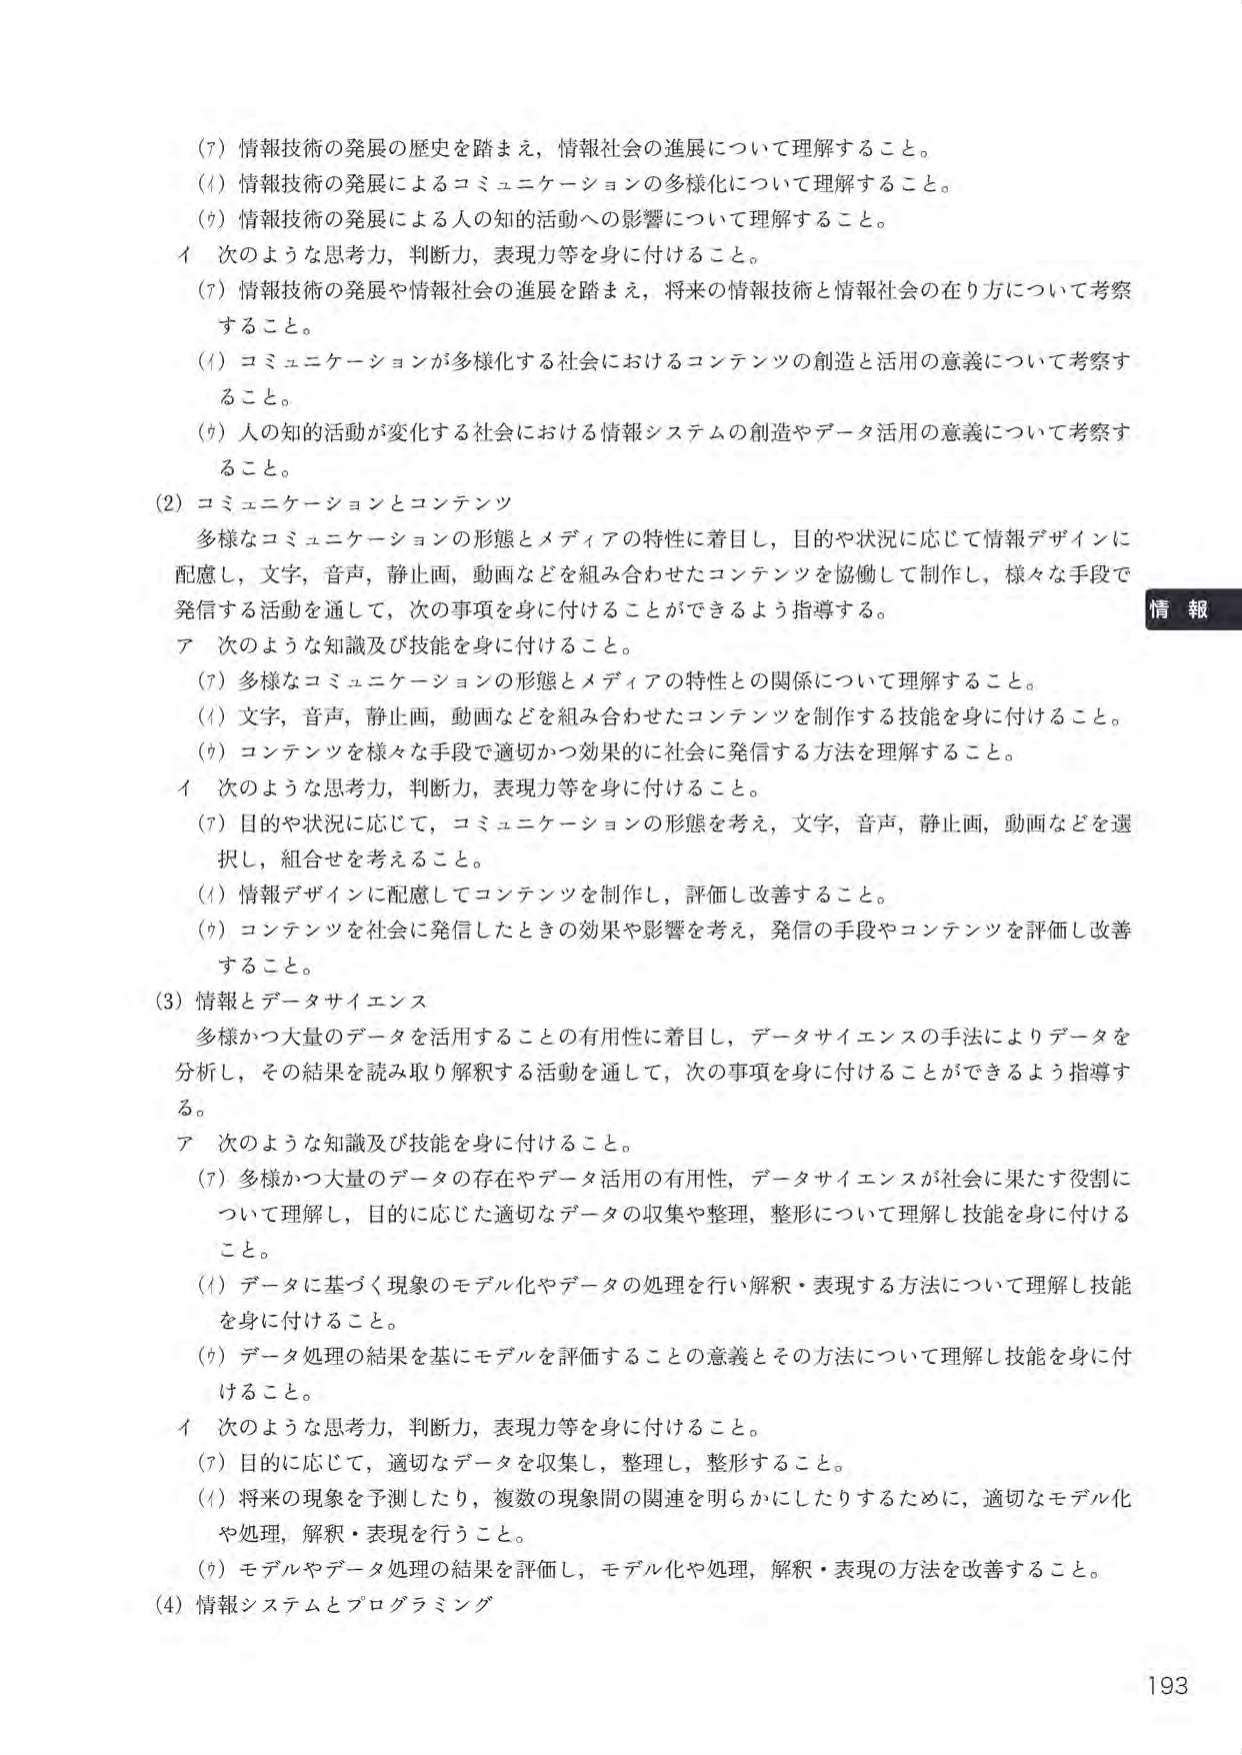
(7) 情報技術の発展の歴史を踏まえ，情報社会の進展について理解すること。
(4) 情報技術の発展によるコミュニケーションの多様化について理解すること。
(7) 情報技術の発展による人の知的活動への影響について理解すること。
イ 次のような思考力，判断力，表現力等を身に付けること。
(7) 情報技術の発展や情報社会の進展を踏まえ，将来の情報技術と情報社会の在り方について考察すること。
(4) コミュニケーションが多様化する社会におけるコンテンツの創造と活用の意義について考察すること。
(7) 人の知的活動が変化する社会における情報システムの創造やデータ活用の意義について考察すること。
(2) コミュニケーションとコンテンツ
多様なコミュニケーションの形態とメディアの特性に着目し，目的や状況に応じて情報デザインに配慮し，文字，音声，静止画，動画などを組み合わせたコンテンツを協働して制作し，様々な手段で発信する活動を通して，次の事項を身に付けることができるよう指導する。
ア 次のような知識及び技能を身に付けること。
(7) 多様なコミュニケーションの形態とメディアの特性との関係について理解すること。
(4) 文字，音声，静止画，動画などを組み合わせたコンテンツを制作する技能を身に付けること。
(7) コンテンツを様々な手段で適切かつ効果的に社会に発信する方法を理解すること。
イ 次のような思考力，判断力，表現力等を身に付けること。
(7) 目的や状況に応じて，コミュニケーションの形態を考え，文字，音声，静止画，動画などを選択し，組合せを考えること。
(4) 情報デザインに配慮してコンテンツを制作し，評価し改善すること。
(7) コンテンツを社会に発信したときの効果や影響を考え，発信の手段やコンテンツを評価し改善すること。
(3) 情報とデータサイエンス
多様かつ大量のデータを活用することの有用性に着目し，データサイエンスの手法によりデータを分析し，その結果を読み取り解釈する活動を通して，次の事項を身に付けることができるよう指導する。
ア 次のような知識及び技能を身に付けること。
(7) 多様かつ大量のデータの存在やデータ活用の有用性，データサイエンスが社会に果たす役割について理解し，目的に応じた適切なデータの収集や整理，整形について理解し技能を身に付けること。
(4) データに基づく現象のモデル化やデータの処理を行い解釈・表現する方法について理解し技能を身に付けること。
(7) データ処理の結果を基にモデルを評価することの意義とその方法について理解し技能を身に付けること。
イ 次のような思考力，判断力，表現力等を身に付けること。
(7) 目的に応じて，適切なデータを収集し，整理し，整形すること。
(4) 将来の現象を予測したり，複数の現象間の関連を明らかにしたりするために，適切なモデル化や処理，解釈・表現を行うこと。
(7) モデルやデータ処理の結果を評価し，モデル化や処理，解釈・表現の方法を改善すること。
(4) 情報システムとプログラミング
情報
193